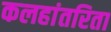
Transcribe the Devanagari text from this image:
कलहांतरिता